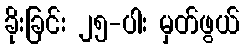
ခိုးခြင်း ၂၅-ပါး မှတ်ဖွယ်